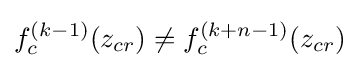
f_{c}^{(k-1)}(z_{cr})\neq f_{c}^{(k+n-1)}(z_{cr})